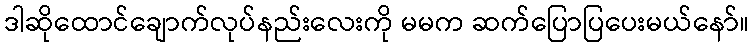
ဒါဆိုထောင်ချောက်လုပ်နည်းလေးကို မမက ဆက်ပြောပြပေးမယ်နော်။